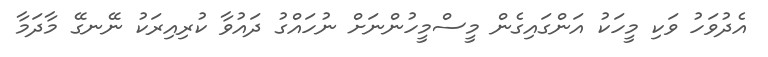
އެދުވަހު ވަކި މީހަކު އަންގައިގެން މީސްމީހުންނަށް ނުހައްގު ދައުވާ ކުރިއިރަކު ނޭނގޭ މާދަމާ